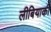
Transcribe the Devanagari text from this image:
लीबियाकी